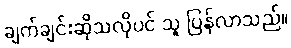
ချက်ချင်းဆိုသလိုပင် သူ ပြန်လာသည်။